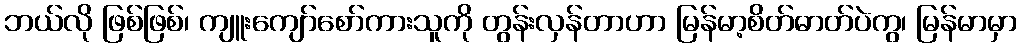
ဘယ်လို ဖြစ်ဖြစ်၊ ကျူးကျော်စော်ကားသူကို တွန်းလှန်တာဟာ မြန်မာ့စိတ်ဓာတ်ပဲကွ၊ မြန်မာမှာ